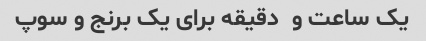
یک ساعت و  دقیقه برای یک برنج و سوپ